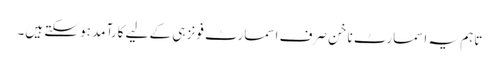
تاہم یہ اسمارٹ ناخن صرف اسمارٹ فونز ہی کے لیے کارآمد ہو سکتے ہیں۔